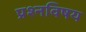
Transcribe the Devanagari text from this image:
प्रश्नविषय